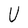
Character: U